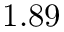
1 . 8 9